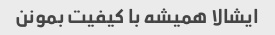
ایشالا همیشه با کیفیت بمونن